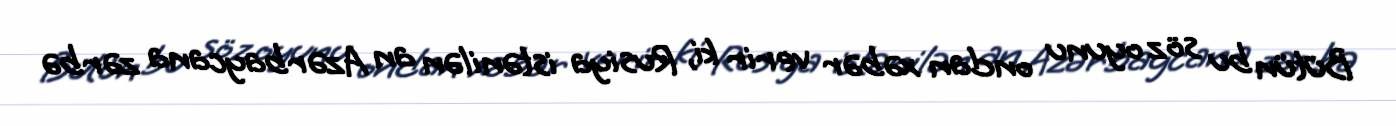
Bütün bu söz oyunu ondan xəbər verir ki, Rusiya istənilən an Azərbaycana zərbə